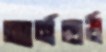
আর্নহার্ড